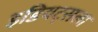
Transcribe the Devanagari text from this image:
इडियट्सला